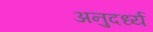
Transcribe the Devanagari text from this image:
अनुदर्ध्य